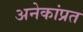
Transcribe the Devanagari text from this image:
अनेकांप्रत